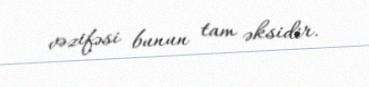
vəzifəsi bunun tam əksidir.